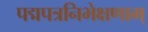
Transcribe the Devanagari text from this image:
पद्मपत्रनिभेक्षणाम्